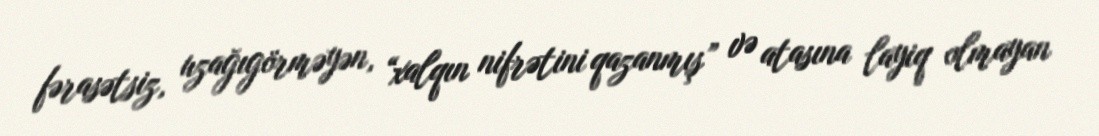
fərasətsiz, uzağıgörməyən, “xalqın nifrətini qazanmış” və atasına layiq olmayan